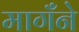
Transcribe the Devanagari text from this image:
मागँने